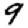
Digit: 9